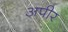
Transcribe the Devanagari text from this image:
अपीर